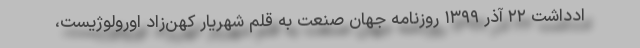
ادداشت ۲۲ آذر ۱۳۹۹ روزنامه جهان صنعت به قلم شهریار کهن‌زاد اورولوژیست،